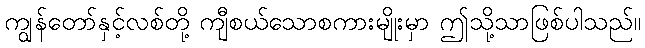
ကျွန်တော်နှင့်လစ်တို့ ကျီစယ်သောစကားမျိုးမှာ ဤသို့သာဖြစ်ပါသည်။